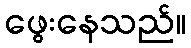
ဖွေးနေသည်။